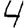
Digit: 4